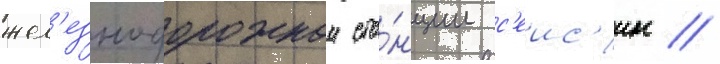
жел'езнодорожнои ста́нции с'еис'ин //